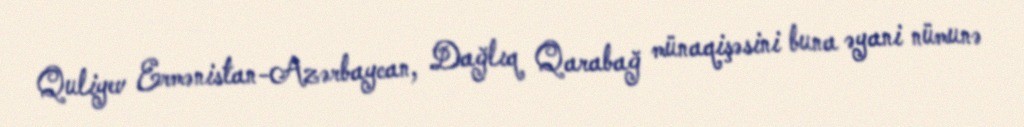
Quliyev Ermənistan-Azərbaycan, Dağlıq Qarabağ münaqişəsini buna əyani nümunə